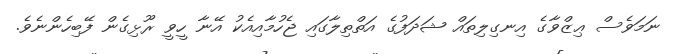
ނަމަވެސް ޢިޒްވާގެ އިނގިލިތައް ޝަދަފުގެ އަތްތިލާގައި ޖެހުމާއިއެކު އޭނާ ހީވީ ރޫޅިގެން ފޭބިހެންނެވެ.